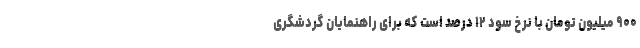
۹۰۰ میلیون تومان با نرخ سود ۱۲ درصد است که برای راهنمایان گردشگری